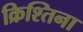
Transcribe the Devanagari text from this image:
क्रिश्तिना